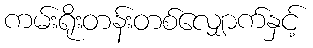
ကမ်းရိုးတန်းတစ်လျှောက်နှင့်